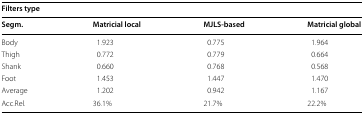
| <COLSPAN=4> Filters type |
 | Segm. | Matricial local | MJLS-based | Matricial global |
 | --- | --- | --- | --- |
 | Body | 1.923 | 0.775 | 1.964 |
 | Thigh | 0.772 | 0.779 | 0.664 |
 | Shank | 0.660 | 0.768 | 0.568 |
 | Foot | 1.453 | 1.447 | 1.470 |
 | Average | 1.202 | 0.942 | 1.167 |
 | Acc.Rel. | 36.1% | 21.7% | 22.2% |